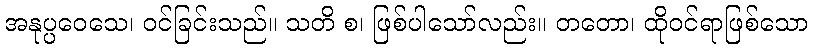
အနုပ္ပဝေသေ၊ ဝင်ခြင်းသည်။ သတိ စ၊ ဖြစ်ပါသော်လည်း။ တတော၊ ထိုဝင်ရာဖြစ်သော